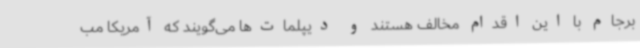
برجام با این اقدام مخالف هستند و دیپلمات‌ها می‌گویند که آمریکا مب